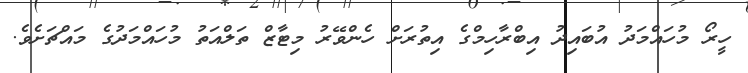
ހީރޯ މުހައްމަދު އުބައިދު އިބްރާހިމްގެ އިތުރަށް ހެންވޭރު މިޓާޒް ތަލްއަތު މުހައްމަދުގެ މައްޗަށެވެ.